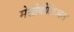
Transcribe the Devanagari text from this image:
मेसोथीलिअल